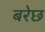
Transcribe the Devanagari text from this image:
बरेछ